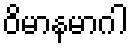
ဝိမာနမာဂါ